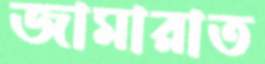
জামারাত